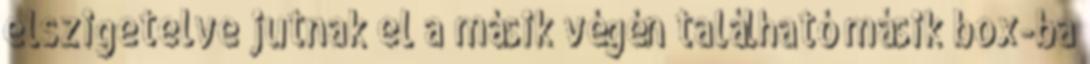
elszigetelve jutnak el a másik végén található másik box-ba